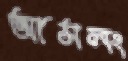
আসলং